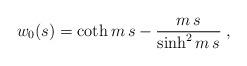
LaTeX: \begin{align*}w_0(s)= \coth m\,s -\frac{m\,s}{\sinh^2 m\,s}\;,\end{align*}